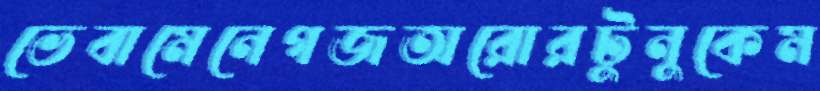
ভেবামেনেগজঅরোরটুনুকেম